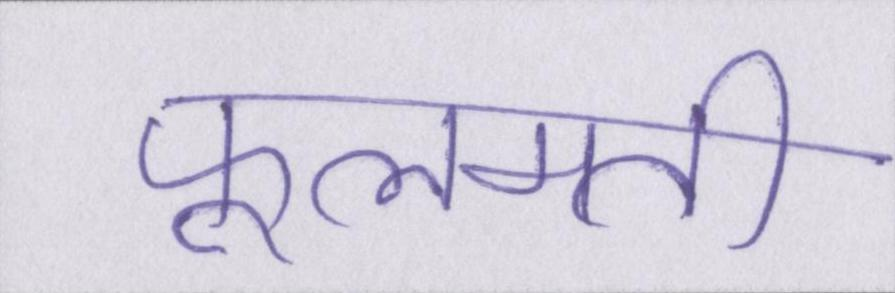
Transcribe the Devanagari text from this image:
फूलमती